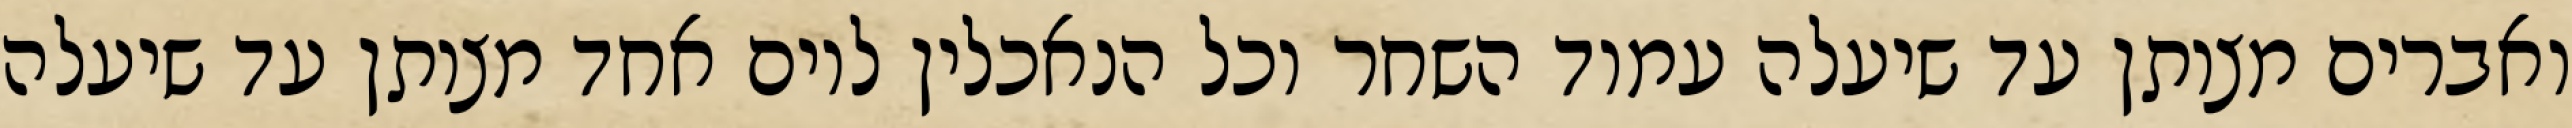
ואברים מצותן עד שיעלה עמוד השחר וכל הנאכלין ליום אחד מצותן עד שיעלה